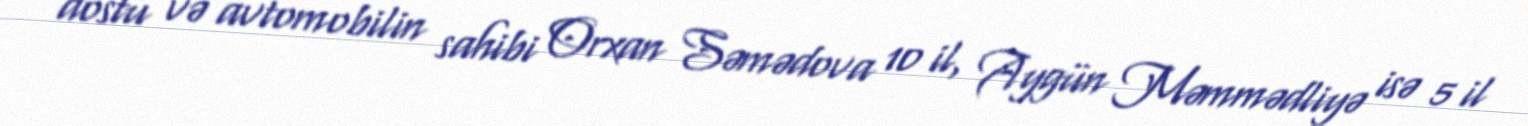
dostu və avtomobilin sahibi Orxan Səmədova 10 il, Aygün Məmmədliyə isə 5 il